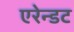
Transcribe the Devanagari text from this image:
एरेन्डट